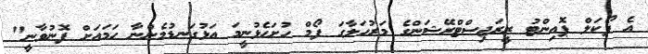
އެ ފޯކަލް ޕޮއިންޓު ރީރަޖިސްޓްރޭޝަންގެ މަރުހަލާގަ ފޯމް ހުށަހެޅުނީމަ އަޅުގަނޑުމެންނާ ހަމައަށް ފޮނުވާނީ"